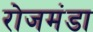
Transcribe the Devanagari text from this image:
रोजमंडा